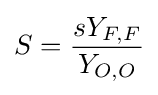
S={\frac {sY_{F,F}}{Y_{O,O}}}